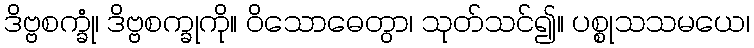
ဒိဗ္ဗစက္ခုံ၊ ဒိဗ္ဗစက္ခုကို။ ဝိသောဓေတွာ၊ သုတ်သင်၍။ ပစ္စုသသမယေ၊